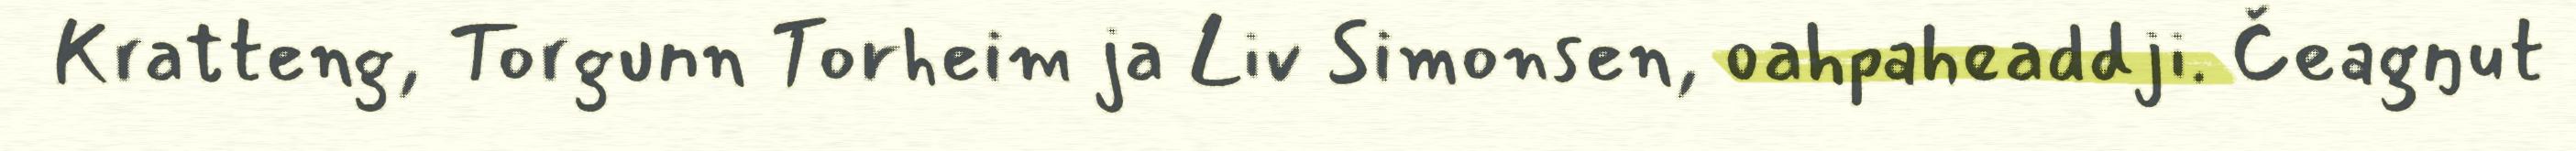
Kratteng, Torgunn Torheim ja Liv Simonsen, oahpaheaddji. Čeagŋut